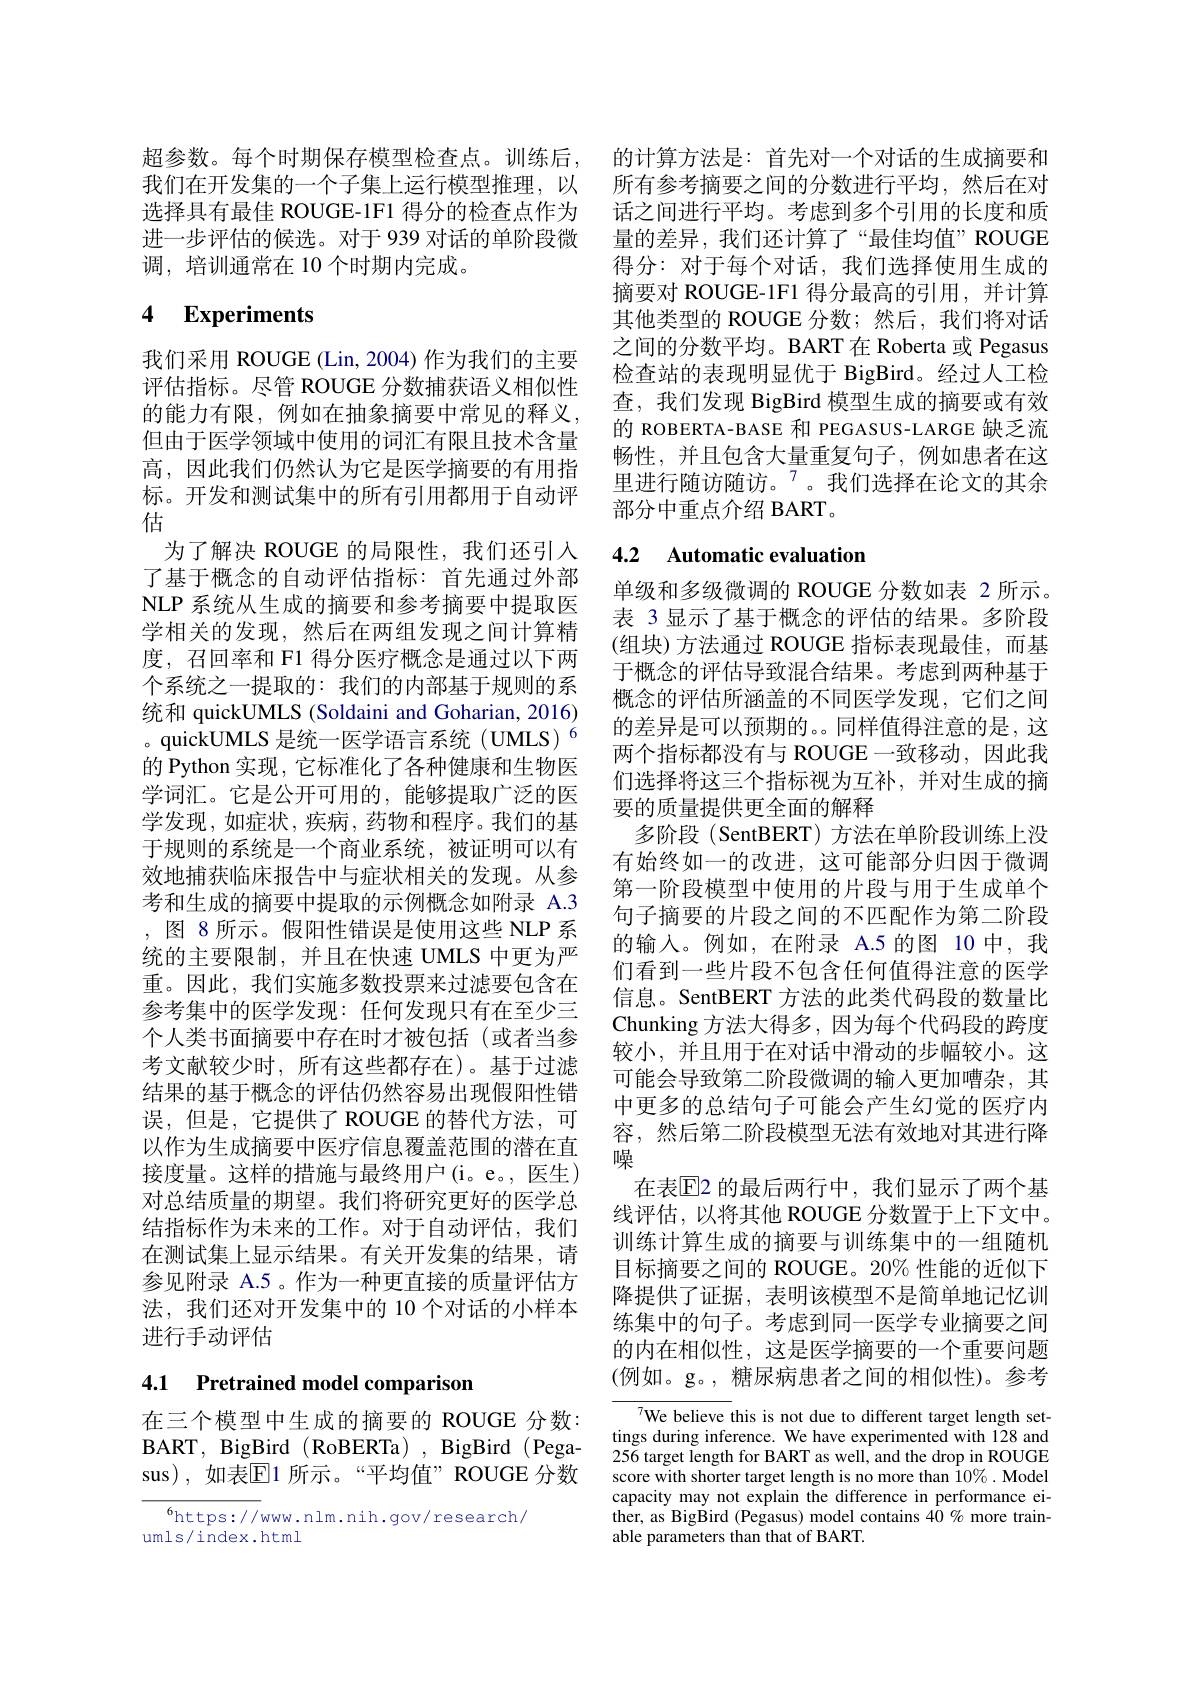
超参数。每个时期保存模型检查点。训练后，的计算方法是：首先对一个对话的生成摘要和我们在开发集的一个子集上运行模型推理，以 所有参考摘要之间的分数进行平均，然后在对选择具有最佳 ROUGE-1F1 得分的检查点作为 话之间进行平均。考虑到多个引用的长度和质进一步评估的候选。对于 939 对话的单阶段微 量的差异，我们还计算了“最佳均值”ROUGE 调，培训通常在 10 个时期内完成。

## 4 $\textbf{Experiments}$

我们采用 ROUGE (Lin,2004)作为我们的主要评估指标。尽管 ROUGE 分数捕获语义相似性的能力有限，例如在抽象摘要中常见的释义， 但由于医学领域中使用的词汇有限且技术含量高，因此我们仍然认为它是医学摘要的有用指标。开发和测试集中的所有引用都用于自动评估
为了解决 ROUGE 的局限性，我们还引入了基于概念的自动评估指标：首先通过外部NLP 系统从生成的摘要和参考摘要中提取医学相关的发现，然后在两组发现之间计算精度，召回率和 F1 得分医疗概念是通过以下两个系统之一提取的：我们的内部基于规则的系统和 quickUMLS (Soldaini and Goharian, 2016) 。quickUMLS 是统一医学语言系统(UMLS)$^{6}$ 的 Python 实现，它标准化了各种健康和生物医学词汇。它是公开可用的，能够提取广泛的医学发现，如症状，疾病，药物和程序。我们的基于规则的系统是一个商业系统，被证明可以有效地捕获临床报告中与症状相关的发现。从参考和生成的摘要中提取的示例概念如附录 A.3 ,图 8 所示。假阳性错误是使用这些 NLP 系统的主要限制，并且在快速 UMLS 中更为严重。因此，我们实施多数投票来过滤要包含在参考集中的医学发现：任何发现只有在至少三个人类书面摘要中存在时才被包括(或者当参考文献较少时，所有这些都存在)。基于过滤结果的基于概念的评估仍然容易出现假阳性错误，但是，它提供了 ROUGE 的替代方法，可以作为生成摘要中医疗信息覆盖范围的潜在直接度量。这样的措施与最终用户(i。e。,医生) 对总结质量的期望。我们将研究更好的医学总结指标作为未来的工作。对于自动评估，我们在测试集上显示结果。有关开发集的结果，请参见附录 A.5。作为一种更直接的质量评估方法，我们还对开发集中的 10 个对话的小样本进行手动评估

## 4.1 Pretrained model comparison

在三个模型中生成的摘要的 ROUGE 分数：
BART, BigBird ( RoBERTa) , BigBird ( Pega- 256 target length for BART as well, and the drop in ROUGE
sus),如表$\mathbb{E}$1 所示。“平均值”ROUGE 分数

$^6$https://www.nlm.nih.gov/research/
umls/index.html

得分：对于每个对话，我们选择使用生成的摘要对 ROUGE-1F1 得分最高的引用，并计算其他类型的 ROUGE 分数；然后，我们将对话之间的分数平均。BART 在 Roberta 或 Pegasus 检查站的表现明显优于 BigBird。经过人工检查，我们发现 BigBird 模型生成的摘要或有效的 ROBERTA-BASE 和 PEGASUS-LARGE 缺乏流畅性，并且包含大量重复句子，例如患者在这里进行随访随访。$^{7}$。我们选择在论文的其余部分中重点介绍 BART。

## 4.2 Automatic evaluation

单级和多级微调的 ROUGE 分数如表 2 所示。表 3 显示了基于概念的评估的结果。多阶段(组块)方法通过 ROUGE 指标表现最佳，而基于概念的评估导致混合结果。考虑到两种基于概念的评估所涵盖的不同医学发现，它们之间的差异是可以预期的。。同样值得注意的是，这两个指标都没有与 ROUGE 一致移动，因此我们选择将这三个指标视为互补，并对生成的摘要的质量提供更全面的解释
多阶段 (SentBERT) 方法在单阶段训练上没有始终如一的改进，这可能部分归因于微调第一阶段模型中使用的片段与用于生成单个句子摘要的片段之间的不匹配作为第二阶段的输入。例如，在附录 A.5 的图 10 中，我们看到一些片段不包含任何值得注意的医学信息。SentBERT 方法的此类代码段的数量比Chunking 方法大得多，因为每个代码段的跨度较小，并且用于在对话中滑动的步幅较小。这可能会导致第二阶段微调的输入更加嘈杂，其中更多的总结句子可能会产生幻觉的医疗内容，然后第二阶段模型无法有效地对其进行降噪
在表$\mathbb{E}$2 的最后两行中，我们显示了两个基线评估，以将其他 ROUGE 分数置于上下文中。训练计算生成的摘要与训练集中的一组随机目标摘要之间的 ROUGE。20% 性能的近似下降提供了证据，表明该模型不是简单地记忆训练集中的句子。考虑到同一医学专业摘要之间的内在相似性，这是医学摘要的一个重要问题(例如。g。,糖尿病患者之间的相似性)。参考
We believe this is not due to different target length set-

tings during inference. We have experimented with 128 and score with shorter target length is no more than $10\%.$ Model capacity may not explain the difference in performance either, as BigBird (Pegasus) model contains 40 % more trainable parameters than that of BART.